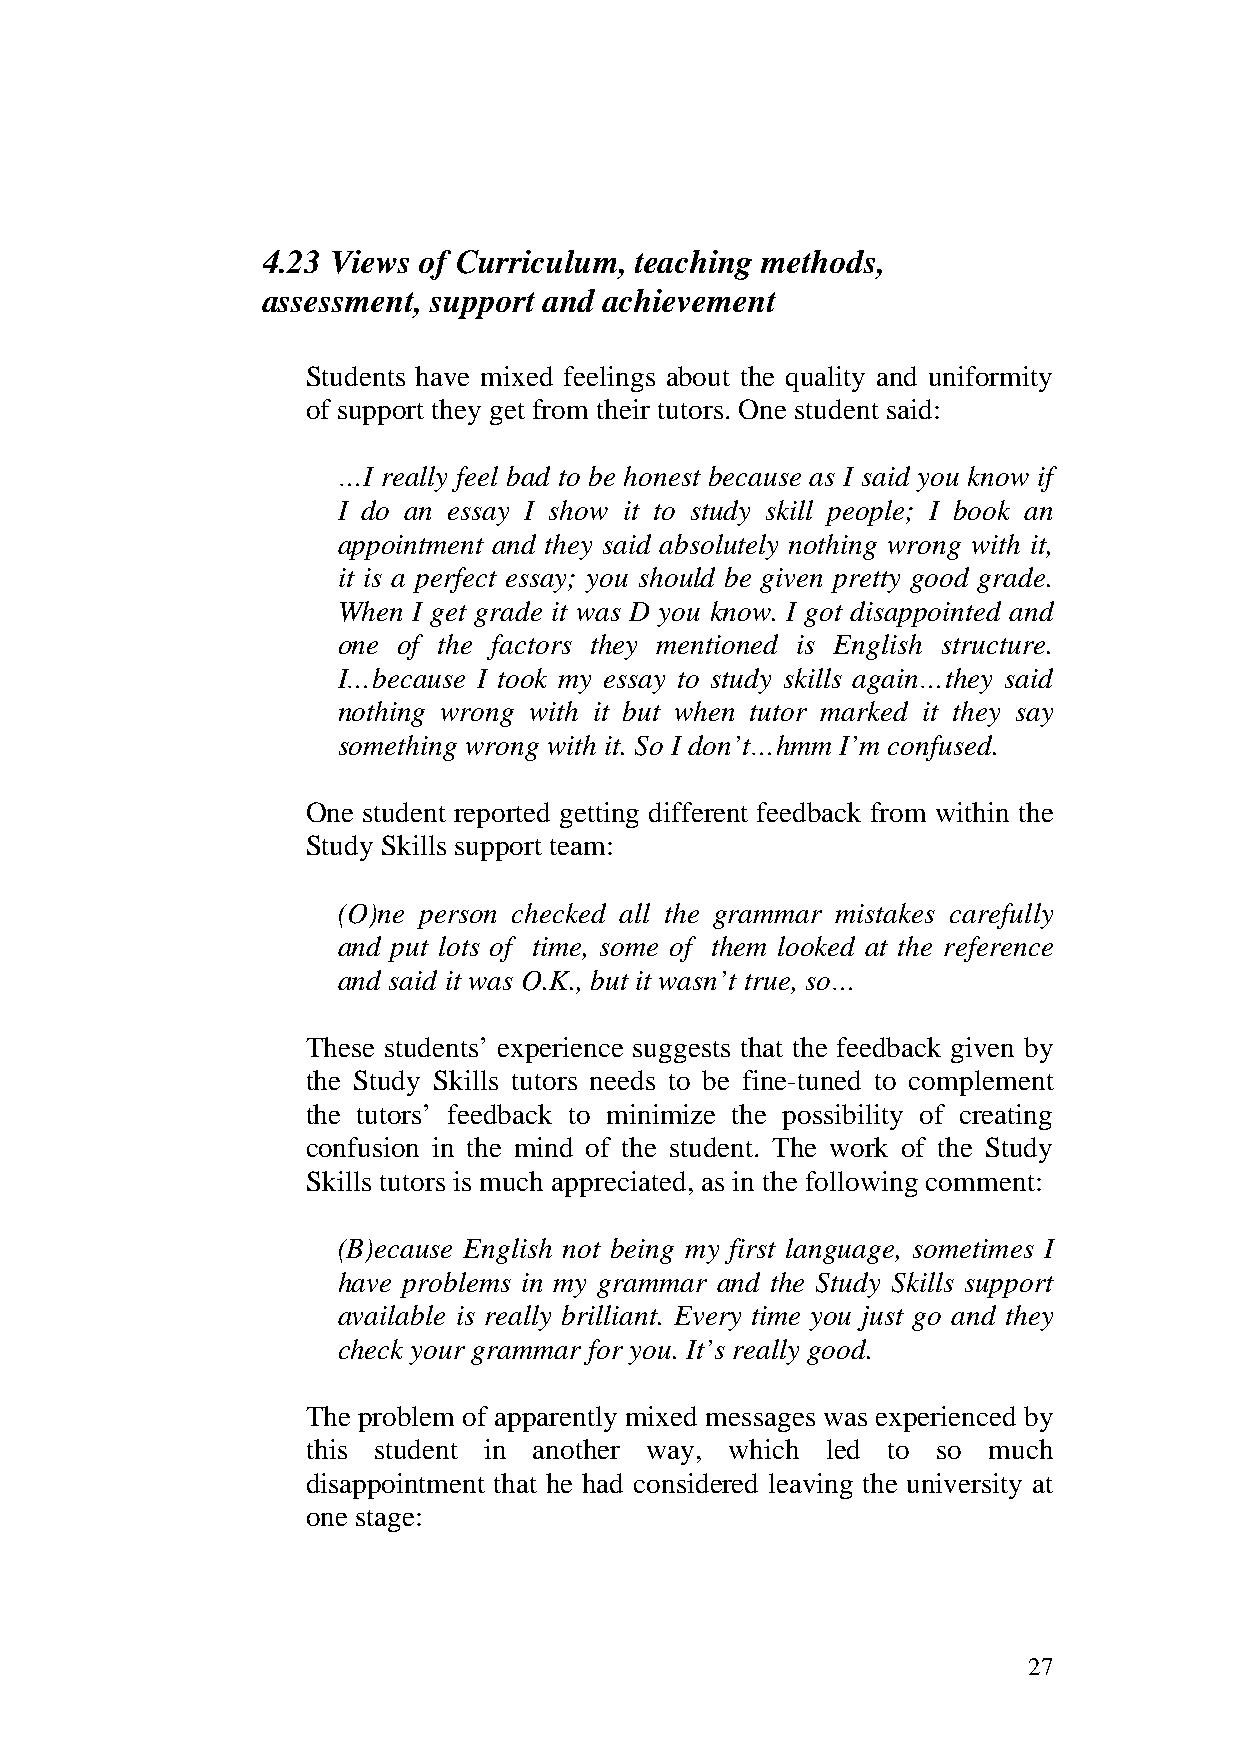
4.23 Views of Curriculum, teaching methods,
 assessment, support and achievement
 Students have mixed feelings about the quality and uniformity
 of support they get from their tutors. One student said:
 …I really feel bad to be honest because as I said you know if
 I do an essay I show it to study skill people; I book an
 appointment and they said absolutely nothing wrong with it,
 it is a perfect essay; you should be given pretty good grade.
 When I get grade it was D you know. I got disappointed and
 one of the factors they mentioned is English structure.
 I…because I took my essay to study skills again…they said
 nothing wrong with it but when tutor marked it they say
 something wrong with it. So I don’t…hmm I’m confused.
 One student reported getting different feedback from within the
 Study Skills support team:
 (O)ne person checked all the grammar mistakes carefully
 and put lots of time, some of them looked at the reference
 and said it was O.K., but it wasn’t true, so…
 These students’ experience suggests that the feedback given by
 the Study Skills tutors needs to be fine-tuned to complement
 the tutors’ feedback to minimize the possibility of creating
 confusion in the mind of the student. The work of the Study
 Skills tutors is much appreciated, as in the following comment:
 (B)ecause English not being my first language, sometimes I
 have problems in my grammar and the Study Skills support
 available is really brilliant. Every time you just go and they
 check your grammar for you. It’s really good.
 The problem of apparently mixed messages was experienced by
 this student in another way, which led to so much
 disappointment that he had considered leaving the university at
 one stage:
 27